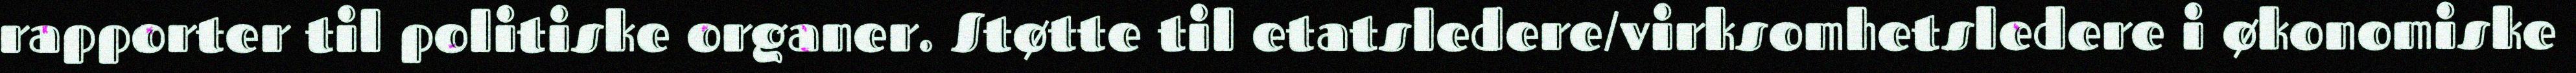
rapporter til politiske organer. Støtte til etatsledere/virksomhetsledere i økonomiske